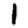
Digit: 1